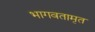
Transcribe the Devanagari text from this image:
भागवतामृत